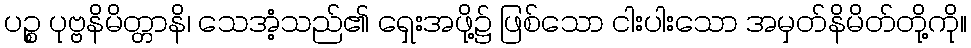
ပဉ္စ ပုဗ္ဗနိမိတ္တာနိ၊ သေအံ့သည်၏ ရှေးအဖို့၌ ဖြစ်သော ငါးပါးသော အမှတ်နိမိတ်တို့ကို။